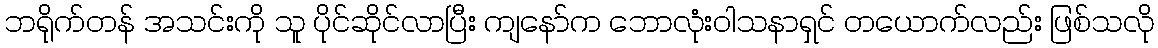
ဘရိုက်တန် အသင်းကို သူ ပိုင်ဆိုင်လာပြီး ကျနော်က ဘောလုံးဝါသနာရှင် တယောက်လည်း ဖြစ်သလို